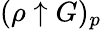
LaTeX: (\rho\uparrow G)_{p}